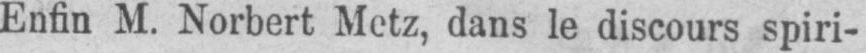
Enfin M. Norbert Metz, dans le discours spiri-